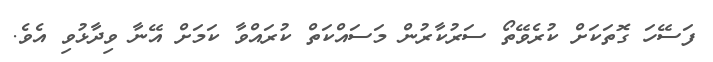
ފަސޭހަ ގޮތަކަށް ކުރެވޭތޯ ސަރުކާރުން މަސައްކަތް ކުރައްވާ ކަމަށް އޭނާ ވިދާޅުވި އެވެ.